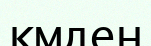
кмден